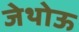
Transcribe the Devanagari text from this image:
जेथोऊ